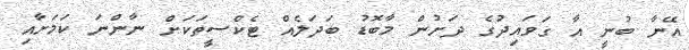
އޭނާ ބުނީ އާ ގަވައިދުގެ ދަށުން މާބޮޑު ބަދަލެއް ޓެކްސީތަކަށް ނާންނަ ކަމަށާއި